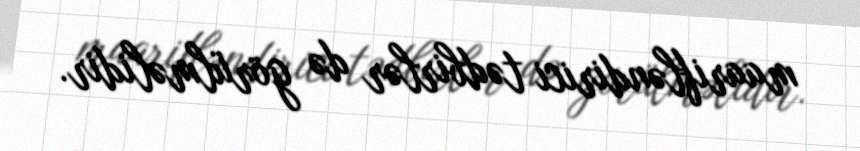
maarifləndirici tədbirlər də görülməlidir.